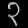
Digit: ၃